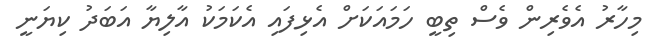
މިހާރު އެވެރިން ވެސް ތިބީ ހަމައަކަށް އެޅިފައި އެކަމަކު އާލިޔާ އަބަދު ކިޔަނީ